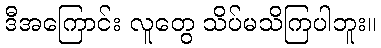
ဒီအကြောင်း လူတွေ သိပ်မသိကြပါဘူး။